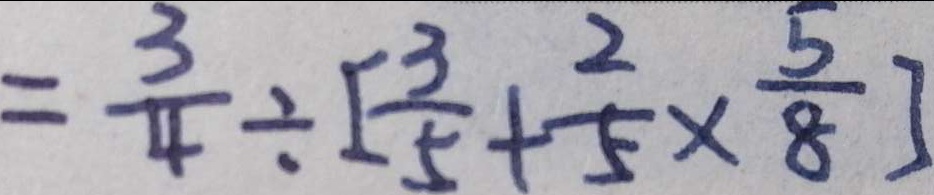
= \frac { 3 } { 4 } \div [ \frac { 3 } { 5 } + \frac { 2 } { 5 } \times \frac { 5 } { 8 } ]